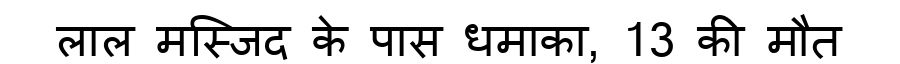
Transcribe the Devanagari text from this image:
लाल मस्जिद के पास धमाका, 13 की मौत